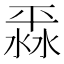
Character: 𣸞